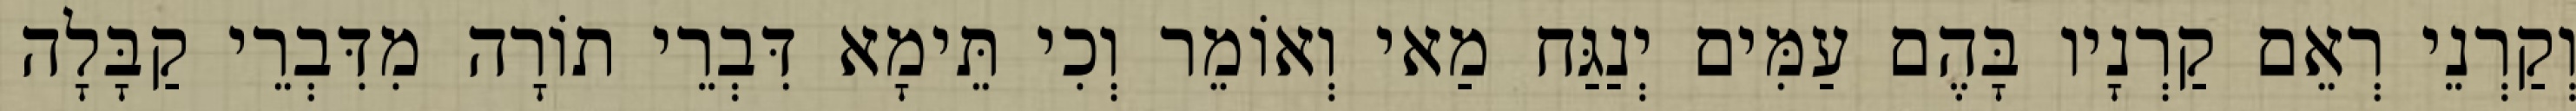
וְקַרְנֵי רְאֵם קַרְנָיו בָּהֶם עַמִּים יְנַגַּח מַאי וְאוֹמֵר וְכִי תֵּימָא דִּבְרֵי תוֹרָה מִדִּבְרֵי קַבָּלָה